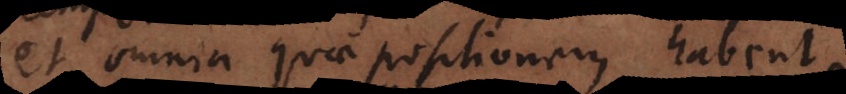
et omnia quae positionem habent,